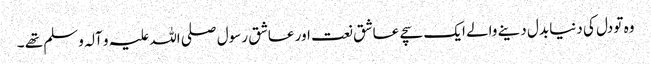
وہ تو دل کی دنیا بدل دینے والے ایک سچے عاشق نعت اور عاشق رسول صلی اللہ علیہ و آلہ وسلم تھے ۔